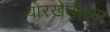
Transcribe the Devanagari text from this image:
बोरखेडीच्या